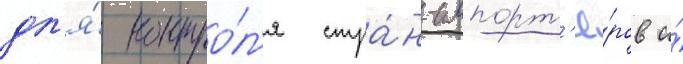
дл'я́ контро́л'я стра́н-импорт'ё́ров и́